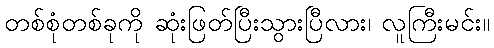
တစ်စုံတစ်ခုကို ဆုံးဖြတ်ပြီးသွားပြီလား၊ လူကြီးမင်း။